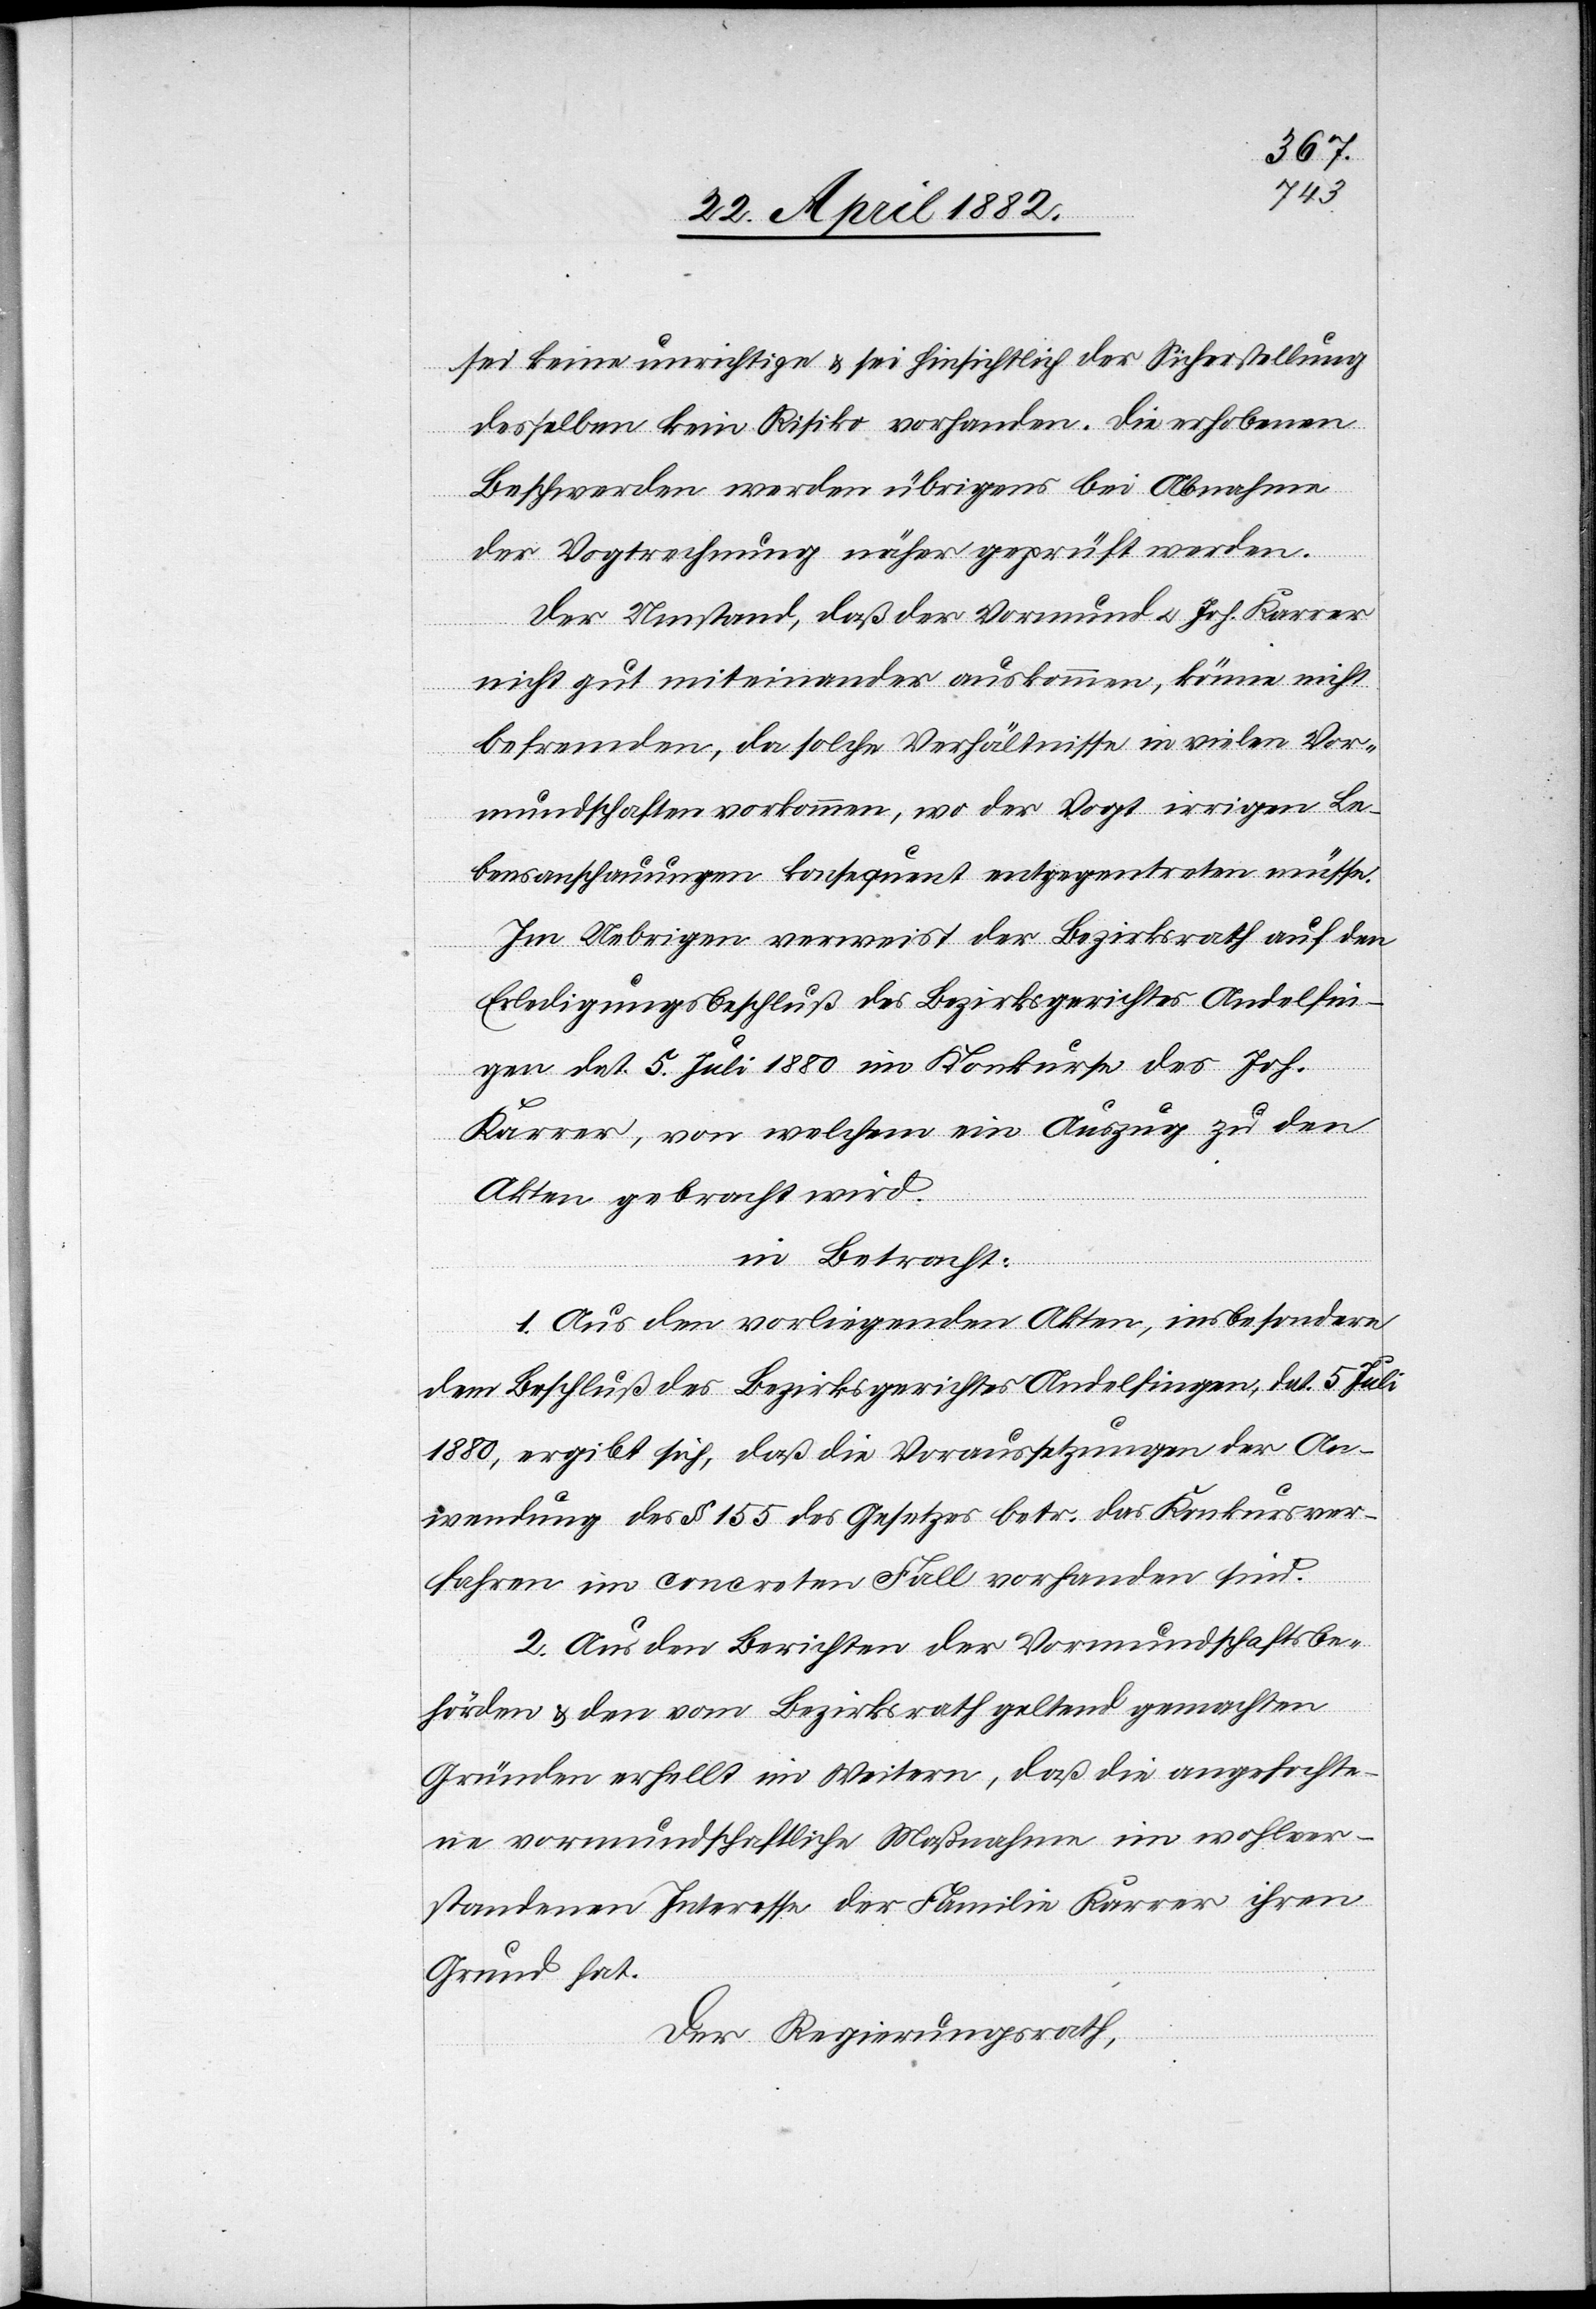
sei keine unrichtige & sei hinsichtlich der Sicherstellung
desselben kein Risiko vorhanden. Die erhobenen
der Vogtrechnung näher geprüft werden.
Der Umstand, daß der Vormund u. Joh. Karrer
nicht gut miteinander auskommen, könne nicht
befremden, da solche Verhältnisse in vielen Vor¬
mundschaften vorkommen, wo der Vogt irrigen Le¬
bensanschauungen konsequent entgegentreten müsse.
Im Uebrigen verweist der Bezirksrath auf den
Erledigungsbeschluß des Bezirksgerichtes Andelfin¬
gen dat 5 Juli 1880 im Konkurse des Joh.
Karrer, von welchem ein Auszug zu den
Akten gebracht wird.
in Betracht:
1. Aus den vorliegenden Akten, insbesondere
dem Beschluß des Bezirksgerichtes Andelfingen, dat. 5. Juli
1880, ergibt sich, daß die Voraussetzungen der An¬
wendung des § 155 des Gesetzes betr. das Konkursver¬
fahren im concreten Fall vorhanden sind.
2. Aus den Berichten der Vormundschaftsbe¬
hörden & den vom Bezirksrath geltend gemachten
Gründen erhellt im Weitern, daß die angefochte¬
ne vormundschaftliche Maßnahme im wohlver¬
standenen Interesse der Familie Karrer ihren
Grund hat.
Der Regierungsrath,